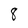
Character: 8